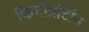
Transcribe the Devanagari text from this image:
फिटोप्रोटीन